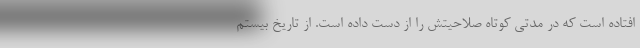
افتاده است که در مدتی کوتاه صلاحیتش را از دست داده است. از تاریخ بیستم